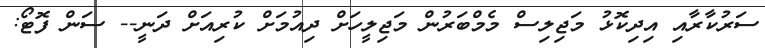
ސަރުކާރާއި އިދިކޮޅު މަޖިލިސް މެމްބަރުން މަޖިލީހަށް ދިއުމަށް ކުރިއަށް ދަނީ-- ސަން ފޮޓޯ: